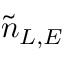
\tilde { n } _ { L , E }